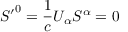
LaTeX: { S ^ { \prime } } ^ { 0 } = { \frac { 1 } { c } } U _ { \alpha } S ^ { \alpha } = 0